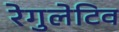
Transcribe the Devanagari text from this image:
रेगुलेटिव